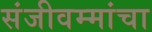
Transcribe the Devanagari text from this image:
संजीवम्मांचा